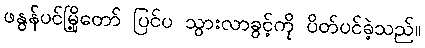
ဖနွန်ပင်မြို့တော် ပြင်ပ သွားလာခွင့်ကို ပိတ်ပင်ခဲ့သည်။